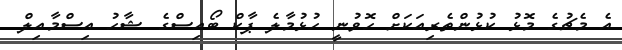
އެ މެޗުގެ މޮޅު ކުޅުންތެރިއަކަށް ހޮވުނީ ހުޅުމާލެ ޕާކް ބޯއިސްގެ ޝާހު އިސްމާއިލް